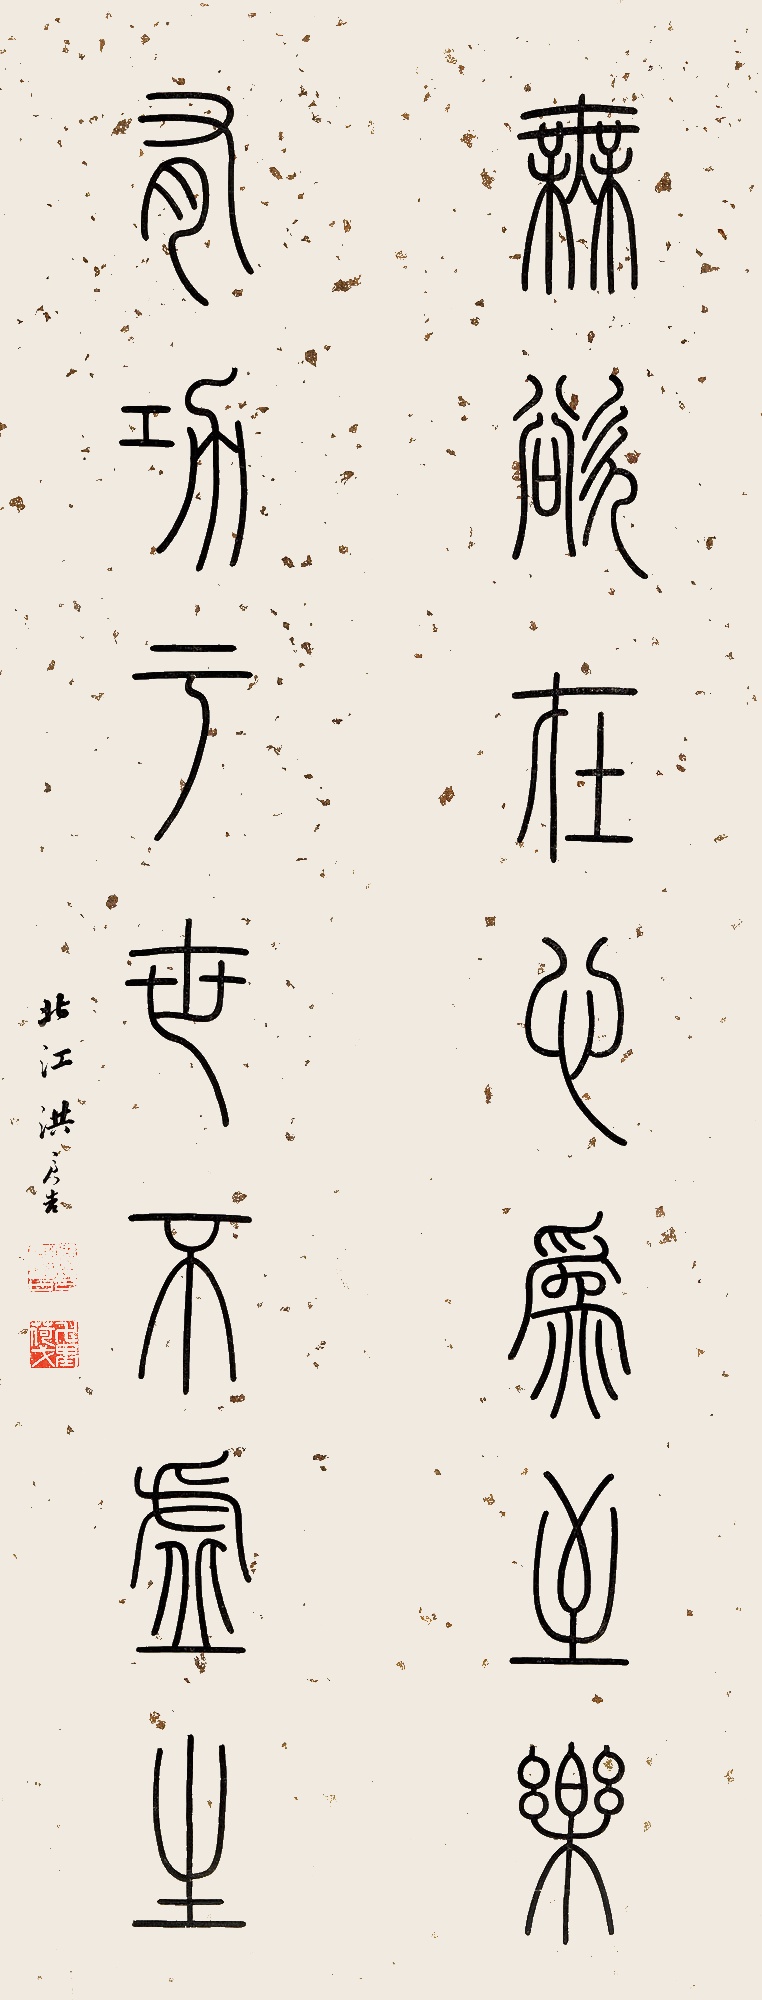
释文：无欲在心为至乐，有功于世不虚生。北江洪亮吉。